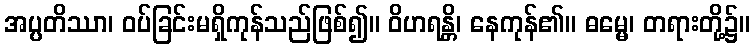
အပ္ပတိဿာ၊ ဝပ်ခြင်းမရှိကုန်သည်ဖြစ်၍။ ဝိဟရန္တိ၊ နေကုန်၏။ ဓမ္မေ၊ တရားတို့၌။